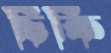
চিকি